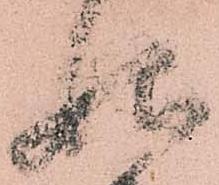
始